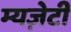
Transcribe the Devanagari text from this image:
म्यज़ेटी